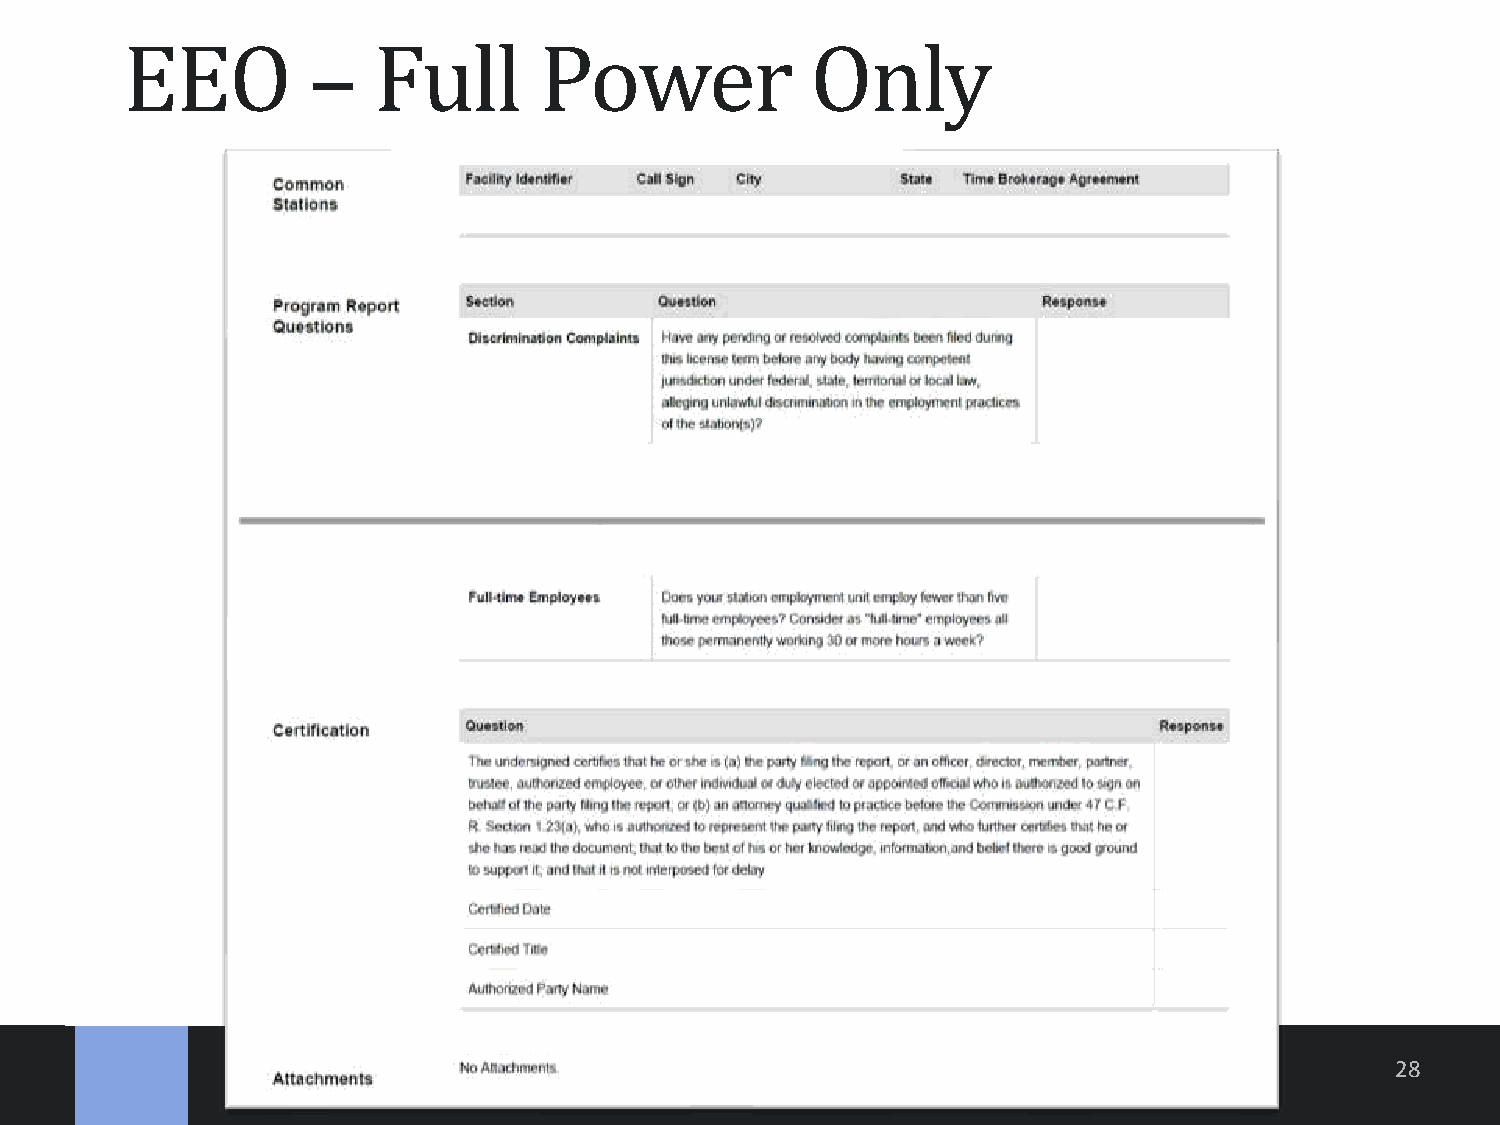
EEO         –    Full       Power             Only
 28